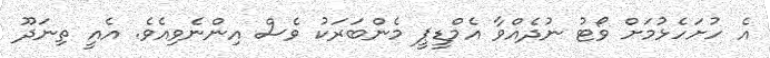
އެ ހުށަހެޅުމަށް ވޯޓު ނުދެއްވާ އެމްޑީޕީ މެންބަރަކު ވެސް އިންނެވިއެވެ. އެއީ ތިނަދޫ